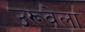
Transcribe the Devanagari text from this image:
उरूवेला